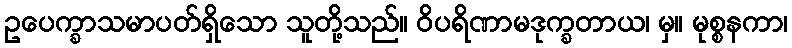
ဥပေက္ခာသမာပတ်ရှိသော သူတို့သည်။ ဝိပရိဏာမဒုက္ခတာယ၊ မှ။ မုစ္စနကာ၊